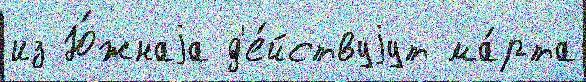
из Ю́жнаjа д'е́йствуjут ма́рта